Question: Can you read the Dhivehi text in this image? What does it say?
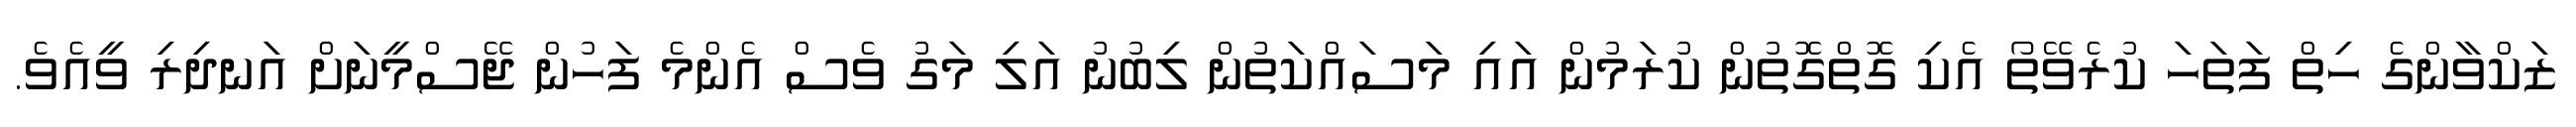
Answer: ޒަކްވާންގެ ހިތް ފަތަހަ ކުރެވޭތޯ އެކި ގޮތްގޮތުން ކުރަމުން އައި މަސައްކަތުން ލިބުނު އަލި މަގު ވެސް އެންމެ ފަހުން ޖޭސްމީނަށް އަނދިރި ވީއެވެ.